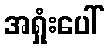
အရှုံးပေါ်